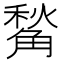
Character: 𧤙